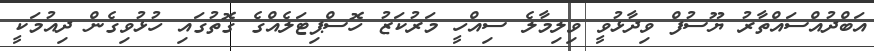
އަބްދުއްސައްތާރު ޔޫސުފް ވިދާޅުވީ ވިލިމާލެ ސިއްހީ މަރުކަޒު ހޮސްޕިޓަލެއްގެ ގޮތުގައި ހުޅުވިގެން ދިއުމަކީ